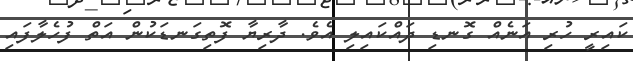
ކައިރީ ހުރި އަނެއް ގޮނޑި ދައްކައިލި އެވެ. ދާރިޔާ ފޮތިގަނޑަކުން އަތް ފުހެލާފައި